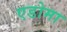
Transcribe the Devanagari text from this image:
एडोमा